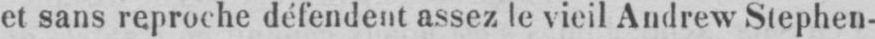
et sans reproche défendent assez le vieil Andrew Stephen-